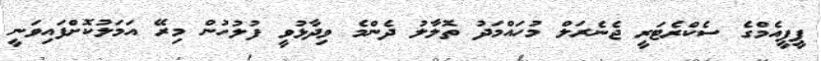
ޕީޕީއެމްގެ ސެކްރެޓަރީ ޖެނެރަލް މުހައްމަދު ތޮލާލު ދެންމެ ވިދާޅުވީ ފުލުހުން މިރޭ އަމަލުކޮށްފައިވަނީ